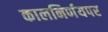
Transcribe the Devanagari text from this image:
कालनिर्णयपर